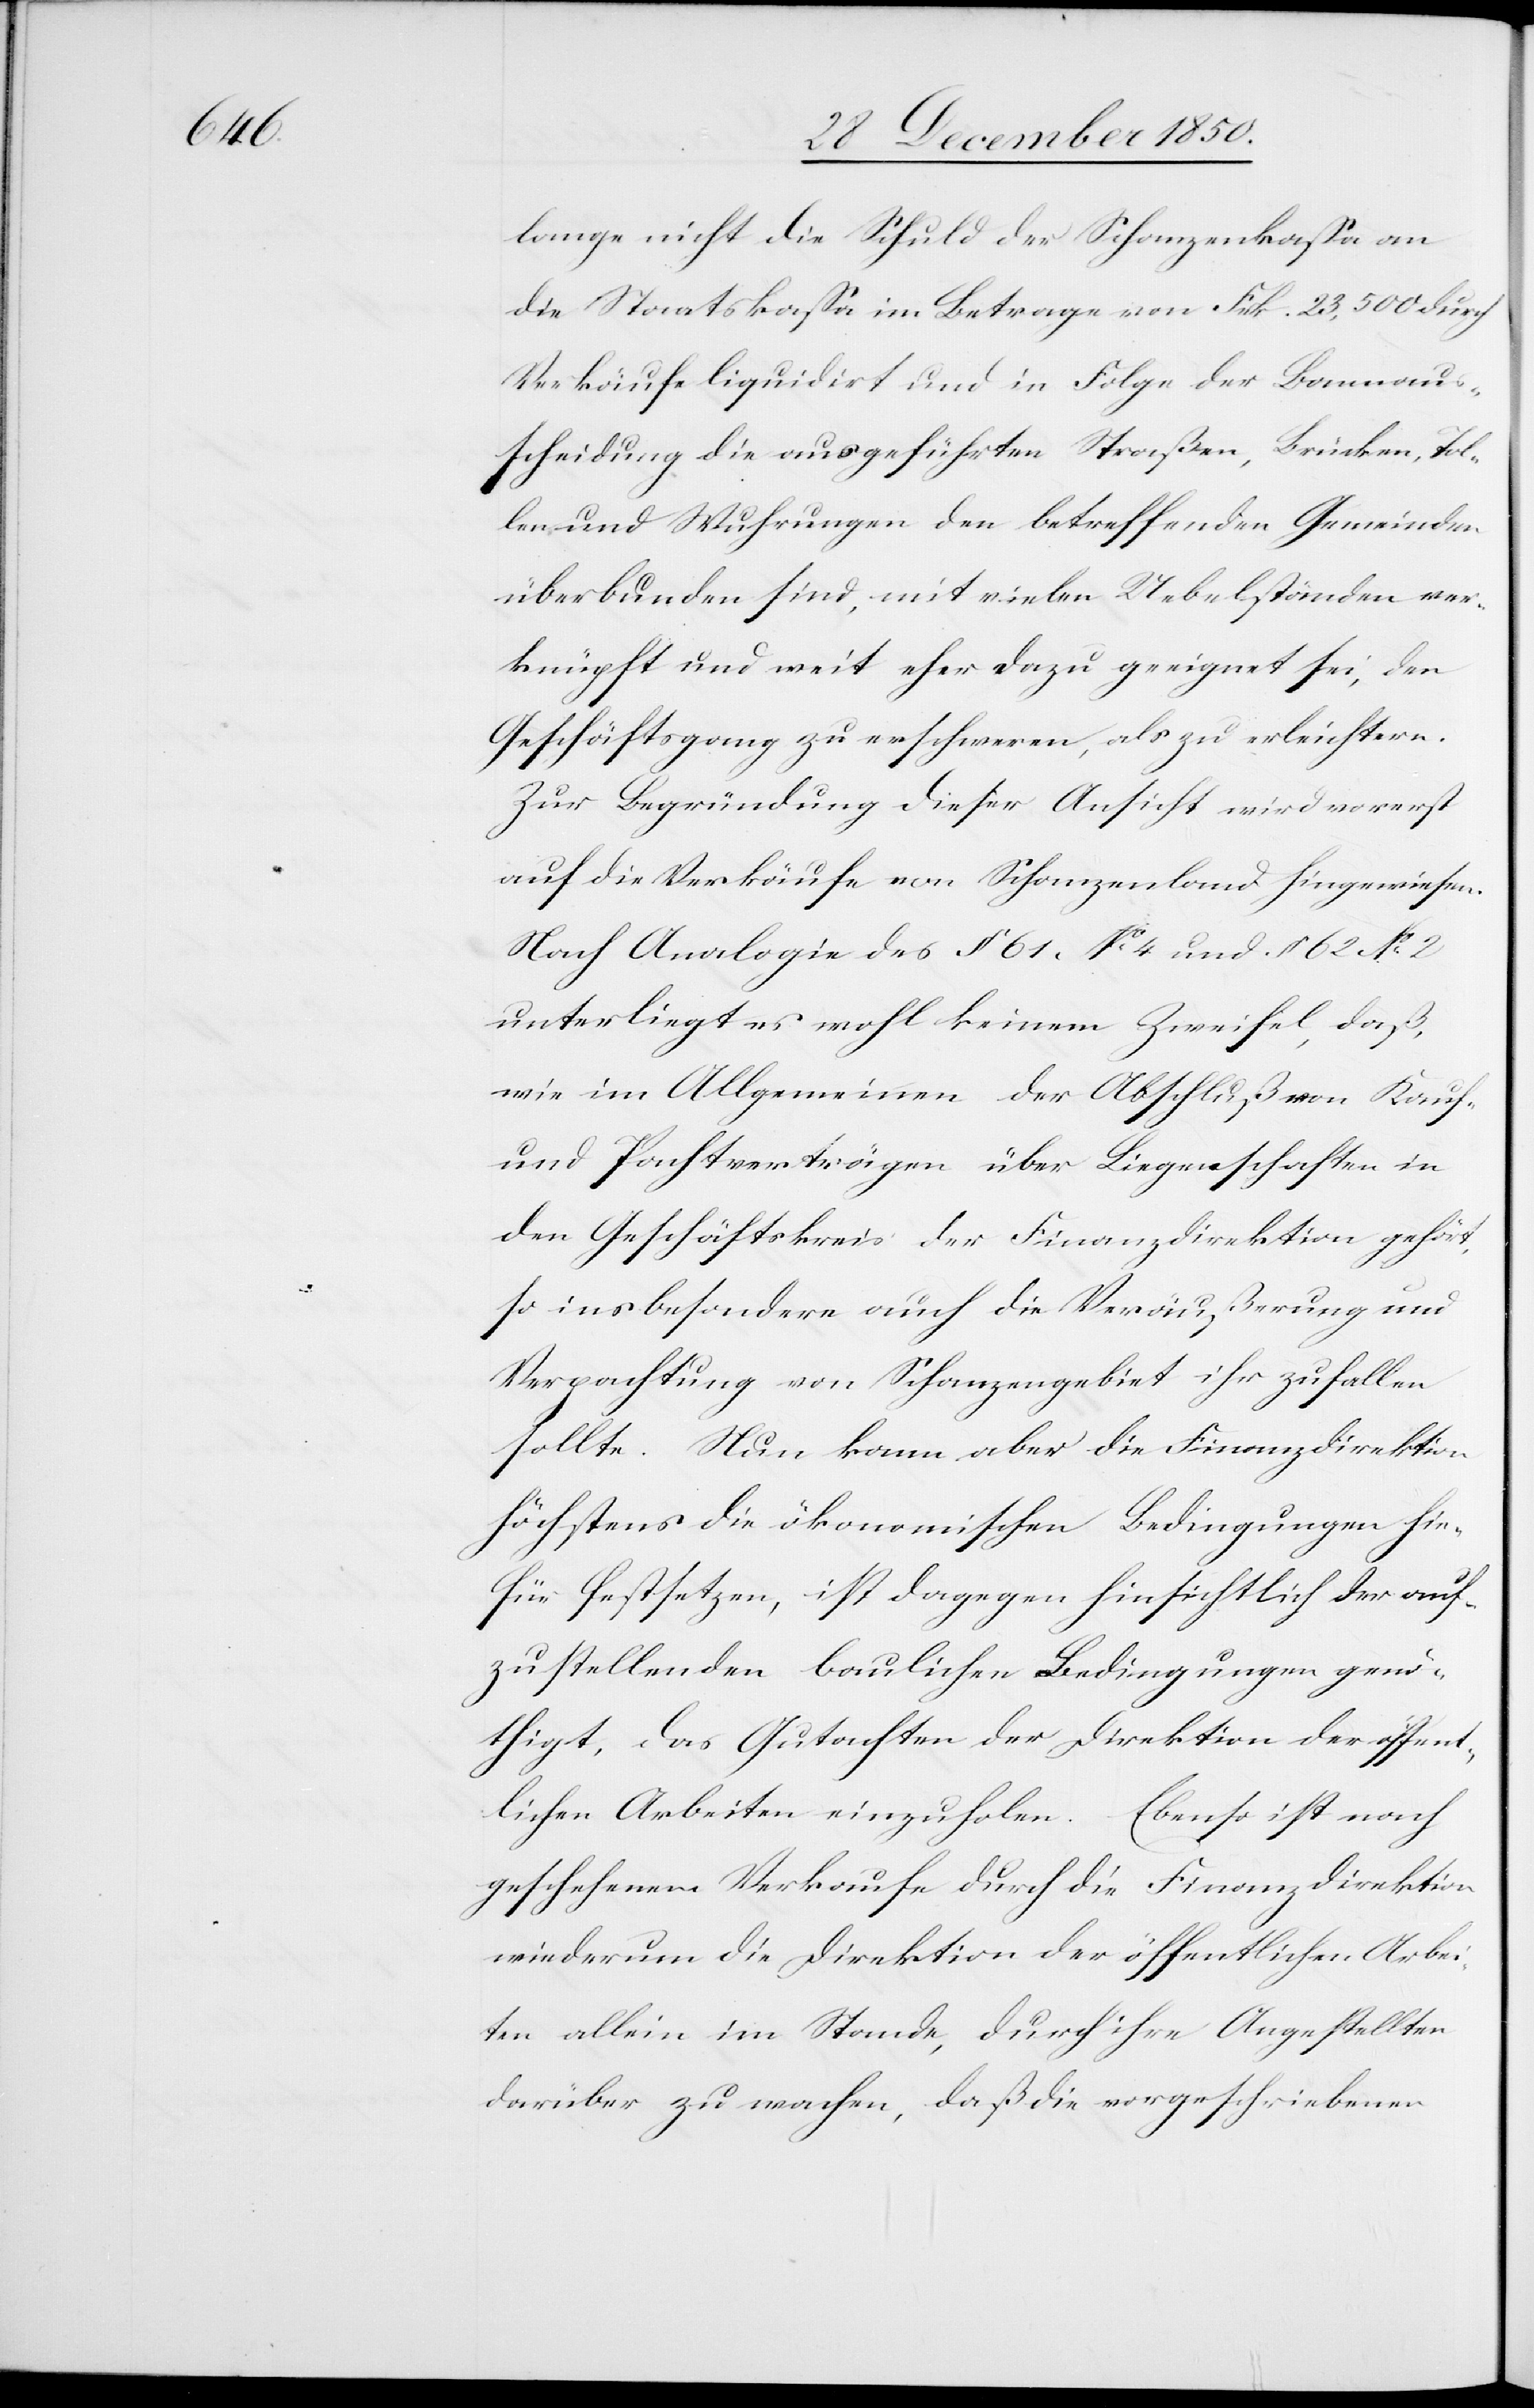
lange nicht die Schuld der Schanzenkassa an
die Staatskassa im Betrage von Frk. 23,500 durch
Verkäufe liquidirt und in Folge der Bannaus¬
scheidung die ausgeführten Straßen, Brücken, Tol¬
len und Wuhrungen den betreffenden Gemeinden
überbunden sind, mit vielen Uebelständen ver¬
knüpft und weit eher dazu geeignet sei, den
Geschäftsgang zu erschweren, als zu erleichtern.
Zur Begründung dieser Ansicht wird vorerst
auf die Verkäufe von Schanzenland hingewiesen.
Nach Analogie des § 61 No 4 und § 62 No 2
unterliegt es wohl keinem Zweifel, daß,
wie im Allgemeinen der Abschluß von Kauf-
und Pachtverträgen über Liegenschaften in
den Geschäftskreis der Finanzdirektion gehört,
so ins besondere auch die Veräußerung und
Verpachtung von Schanzengebiet ihr zufallen
sollte. Nun kann aber die Finanzdirektion
höchstens die ökonomischen Bedingungen hie¬
für festsetzen, ist dagegen hinsichtlich der auf¬
zustellenden baulichen Bedingungen genö¬
thigt, das Gutachten der Direktion der öffent¬
lichen Arbeiten einzuholen. Ebenso ist nach
geschehenem Verkaufe durch die Finanzdirektion
wiederum die Direktion der öffentlichen Arbei¬
ten allein im Stande, durch ihre Angestellten
darüber zu wachen, daß die vorgeschriebenen